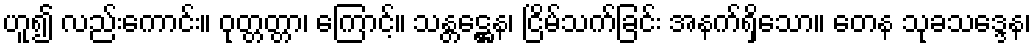
ဟူ၍ လည်းကောင်း။ ဝုတ္တတ္တာ၊ ကြောင့်။ သန္တဋ္ဌေန၊ ငြိမ်သက်ခြင်း အနက်ရှိသော။ တေန သုခသဒ္ဒေန၊